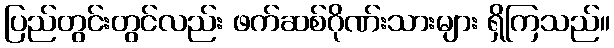
ပြည်တွင်းတွင်လည်း ဖက်ဆစ်ဂိုဏ်းသားများ ရှိကြသည်။